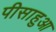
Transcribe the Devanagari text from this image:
पीसाहुआ